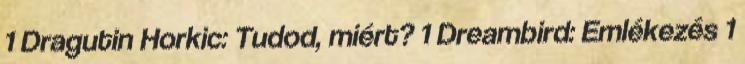
1 Dragutin Horkic: Tudod, miért? 1 Dreambird: Emlékezés 1